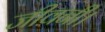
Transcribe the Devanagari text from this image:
जीवनी।